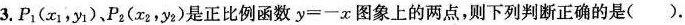
3.P1(x_{1},y_{1}),P2(x_{2},y_{2})是正比例函数 $$y = - x$$图象上的两点,则下列判断正确的是( ).